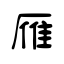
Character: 雁